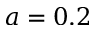
a = 0 . 2